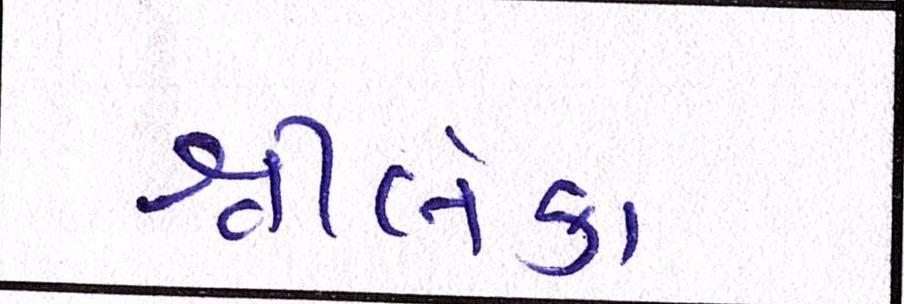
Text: શ્રીલંકા